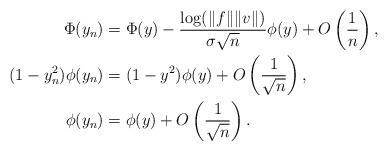
LaTeX: \begin{align*}\Phi(y_n) & = \Phi(y) - \frac{\log (\|f\| \|v\|)}{\sigma \sqrt{n}} \phi(y) + O \left( \frac{1}{n} \right), \quad\\(1-y_n^2) \phi(y_n) & = (1-y^2) \phi(y) + O \left( \frac{1}{\sqrt{n}} \right), \quad\\ \phi(y_n) & = \phi(y) + O \left( \frac{1}{\sqrt{n}} \right). \end{align*}